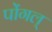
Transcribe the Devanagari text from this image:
पोंगल्